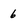
Character: 6